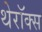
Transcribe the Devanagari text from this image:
थेरॉक्स